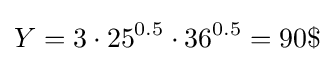
Y=3\cdot 25^{0.5}\cdot 36^{0.5}=90\$